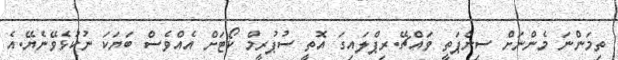
ތިމަންނަ މެންނަށް ސިންޕަތީ ވައްޗޭ.ރިޕްލައިގަ އޮތީ ސުޕުރީމް ކޯޓަށް އެއްވެސް ބަޔަކަ ނުކުޅެވޭނެޔޭ.އެ